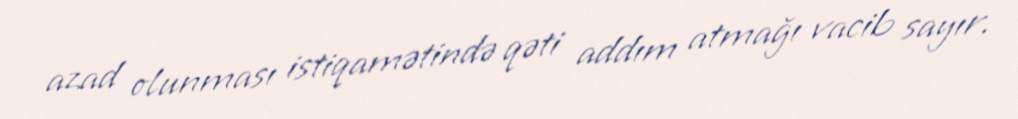
azad olunması istiqamətində qəti addım atmağı vacib sayır.